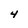
Character: 4